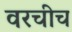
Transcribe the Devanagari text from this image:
वरचीच